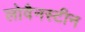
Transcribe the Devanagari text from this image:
लोवैनस्टीन